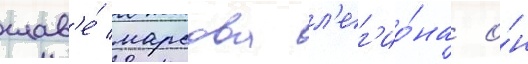
глав'е́ марсова л'ег'ио́на о́н